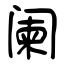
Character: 阑